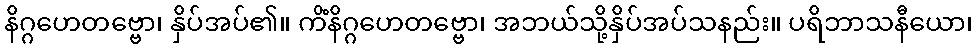
နိဂ္ဂဟေတဗ္ဗော၊ နှိပ်အပ်၏။ ကိံနိဂ္ဂဟေတဗ္ဗော၊ အဘယ်သို့နှိပ်အပ်သနည်း။ ပရိဘာသနီယော၊